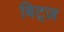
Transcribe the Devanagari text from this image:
बिट्ज़